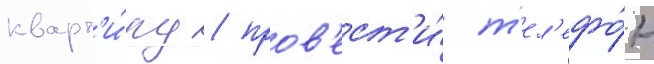
кварт'и́ру / пров'ест'и́ т'ел'ефо́н